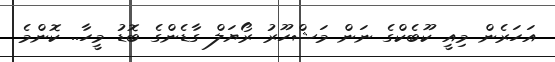
އަހަރެން މިއީ ކޫބެކްގެ ނަން މަޝްހޫރު ރޯޔަލް ގާޑެންގެ ބޮޑު މީހާ.. ކޮންމެ